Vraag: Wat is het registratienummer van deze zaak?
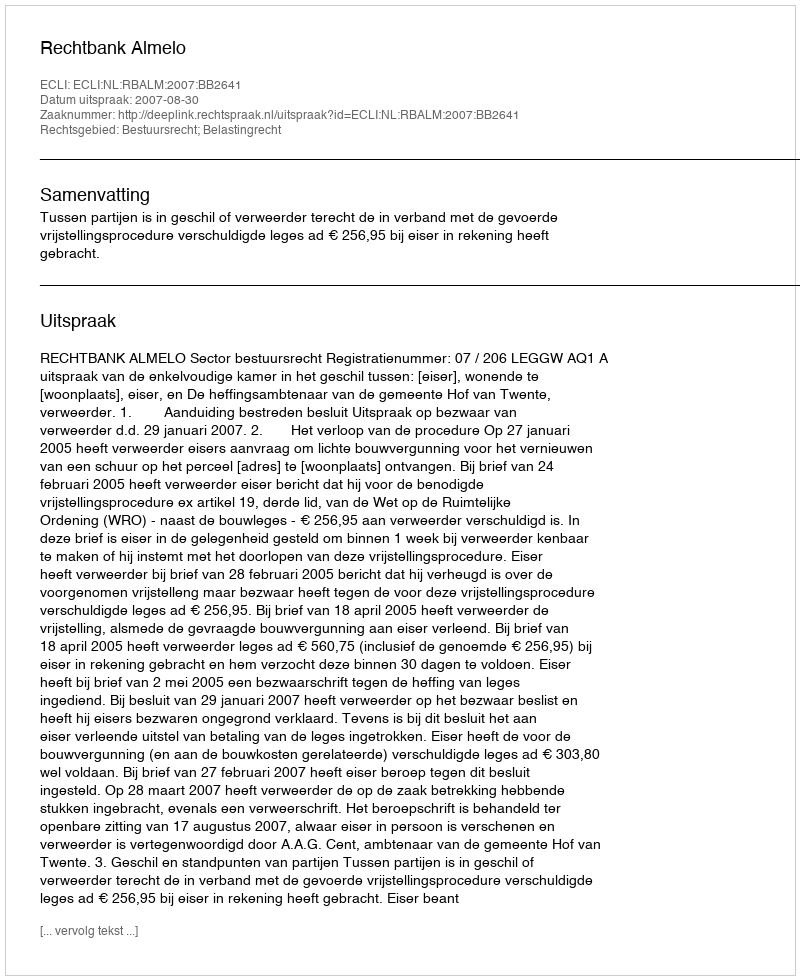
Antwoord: http://deeplink.rechtspraak.nl/uitspraak?id=ECLI:NL:RBALM:2007:BB2641